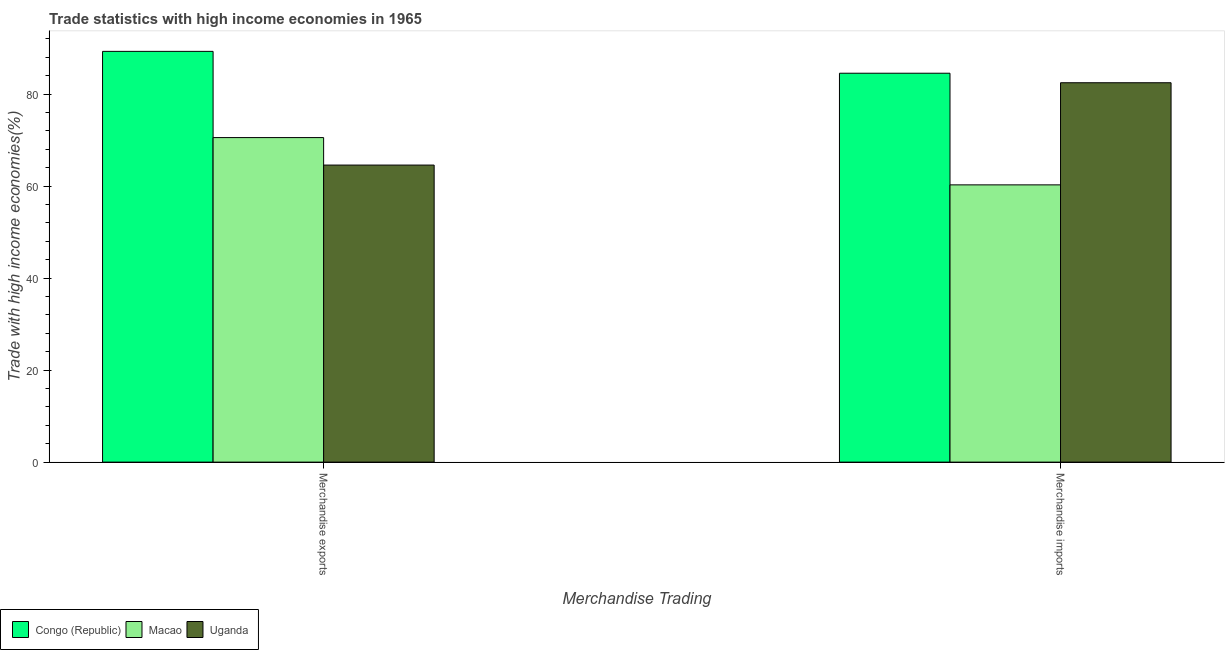
| Merchandise Trading | Congo (Republic) | Macao | Uganda |
 | --- | --- | --- | --- |
 | Merchandise exports | 89.3 | 70.5 | 64.6 |
 | Merchandise imports | 84.5 | 60.3 | 82.5 |